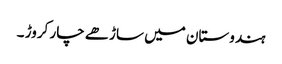
ہندوستان میں ساڑھے چار کروڑ ۔